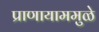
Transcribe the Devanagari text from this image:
प्राणायाममुळे